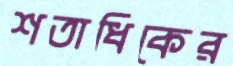
শতাধিকের